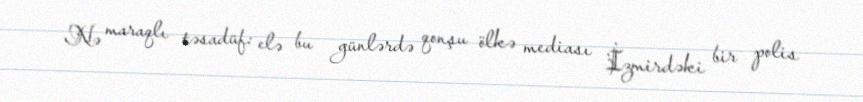
Nə maraqlı təsadüf: elə bu günlərdə qonşu ölkə mediası İzmirdəki bir polis